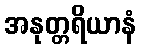
အနုတ္တရိယာနံ